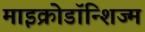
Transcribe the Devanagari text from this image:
माइक्रोडॉन्शिज्म